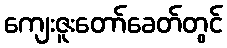
ကျေးဇူးတော်ခေတ်တွင်